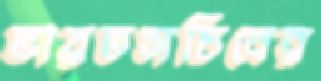
ভারতসচিবের